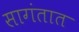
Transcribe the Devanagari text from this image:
सागंतात